King Institute of Preventive Medicine Micro-Biological Section reports 1912-19
Year: 1912
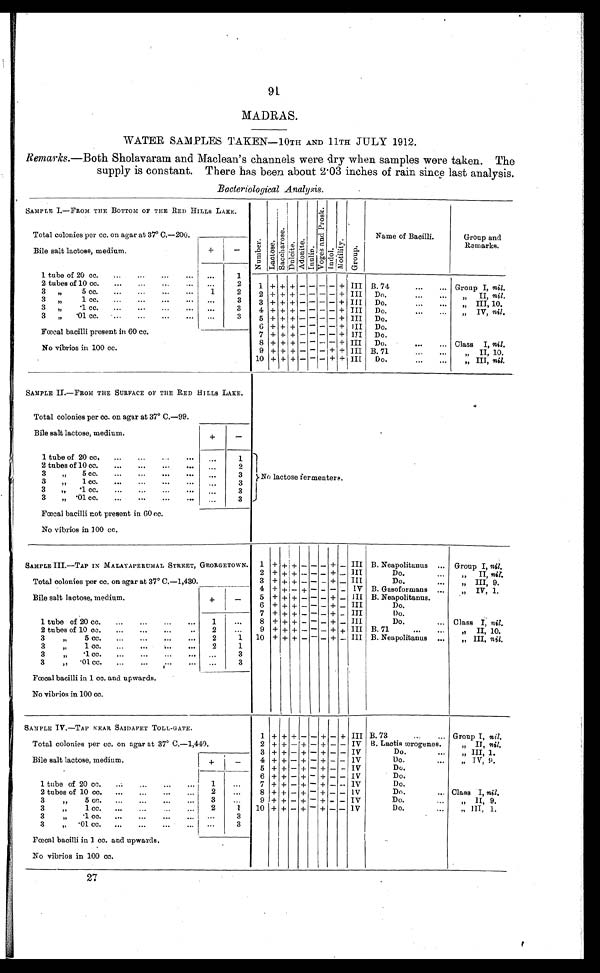
91
MADRAS.
WATER SAMPLES TAKEN—10TH AND 11TH JULY 1912.
Remarks .—Both Sholavaram and Maclean's channels were dry when samples were taken. The
supply is constant. There has been about 2.03 inches of rain since last analysis.
Bacteriological Analysis.
SAMPLE I.—FROM TILE BOTTOM OF THE RED HILLS LAKE.
Total colonies per cc. on agar at 37° C.—200.
Nu mb e r . L a c t o s e .
S a c c h a r o s e .
Dul c i t e .
A d o n i t e .
Inul i n.
V o g e s a n d P r o s k .
Indol.
M o t i l i t y .
Group.
Name of Bacilli.
Group and
Remarks.
Bile salt lactose, medium.
+
-
1 tube of 20 cc.
...
...
...
... ...
1
1 + + + - - - - + III B. 74
...
... Group I, nil.
2 tubes of 10 cc.
...
...
... ...
2
3 "
5 cc.
...
...
...
...
1
2
2 + + + - - - - + III Do.
...
...
„ II, nil.
3 "
...
3
3 + + + - - - - + III Do.
" III, 10.
3 "
.1 cc. ... ... ... ...
...
3
4 + + + - - - - + III Do.
...
..
" IV, nil.
3 "
.01 cc.
...
...
...
... ...
3
5 + + + - - - - + III Do.
Fœcal bacilli present in 60 cc.
No vibrios in 100 cc.
6 + + + - - - - + III Do.
7 + + + - - - - + III Do.
8 + + + - - - - + III Do.
...
... Class I, nil.
9 + + + - - - + + III B. 71...
...
" II, 10.
10 + + + - - - + + III Do.
...
...
" III, nil.
SAMPLE II.—FROM THE SURFACE OF THE RED HILLS LAKE.
Total colonies per cc. on agar at 37° C.—99.
No lactose fermenters.
Bile salt lactose, medium
+
-
1 tube of 20 cc.
...
...
... ...
1
2 tubes of 10 cc.
...
...
...
2
3 " 5 cc.
...
...
...
3
3 " 1 cc.
...
...
...
3
3
"
.1 cc.
...
...
...
...
3
3
" .01 cc. ... ... ...
...
3
Fœcal bacilli not present in 60 cc.
No vibrios in 100 cc.
SAMPLE III.—TAP IN MALAYAPERUMAL STREET, GEORGETOWN.
Total colonies per cc. on agar at 37° C.—1,430
1 + + + - - - + - III B. Neapolitanus ... Group I, nil.
2 + + + - - - + - III
Do.
" " II, nil.
3 + + + - - - + - III
Do.
...
" III, 9.
4 + + - + - - - - IV B. Gasoformans ...
" IV, 1.
Bile salt lactose, medium.
+ -
5 + + + - - - + - III B. Neapolitanus.
6 + + + - - - + - III
Do.
7 + + + - - - + - III
Do.
1 tube of 20 cc.
...
...
...
...
1
...
8 + + + - - - + - III
Do.
... Class I, nil.
2 tubes of 10 cc.
...
...
...
...
2
...
9 + + + - - - + + III B. 71
...
...
" II, 10.
3 " 5 cc.
...
...
...
...
2
1 10 + + + - - - + - III B. Neapolitanus ...
" III, nil.
3
"
1 cc.
...
...
...
...
2
1
3
" . 1 c c .
...
3
3
" . 0 1 c c .
...
3
Fœcal bacilli in 1 cc. and upwards.
No vibrios in 100 cc.
SAMPLE IV.—TAP NEAR SAIDAPET TOLL-GATE.
Total colonies per cc. on agar at 37° C.—1,440.
1 + + + - - + - + III B. 73
...
... Group I, nil.
2 + + - + - + - - IV B. Lactis ærogenes.
" II, nil.
3 + + - + - + - - IV
Do.
...
" III, 1.
Bile salt lactose, medium.
+
-
4 + + - + - + - - IV
Do.
...
" IV, 9.
5 + + - + - + - - IV
Do.
1 tube of 20 cc.
...
...
...
1
...
6 + + - + - + - - IV
Do.
7 + + - + - + - - IV
Do.
2 tubes of 10 cc.
...
...
...
...
2
...
8 + + - + - + - - IV
Do.
... Class I, nil.
3 " 5 cc.
...
...
...
...
3
...
9 + + - + - + - - IV
Do.
..,
" II, 9.
3
"
1 cc.
...
. . .
2
1
10 + + - + - + - - IV
Do.
...
" III, 1.
3 " . 1 c c .
...
3
3
" .01 cc.
...
...
...
... ...
3
Fœtal bacilli in 1 cc. and upwards.
No vibrios in 100 cc.
27